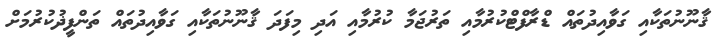
ޤާނޫނުތަކާއި ގަވާއިދުތައް ޑްރާފްޓްކުރުމާއި ތަރުޖަމާ ކުރުމާއި އަދި މިފަދަ ޤާނޫނުތަކާއި ގަވާއިދުތައް ތަންފީޛުކުރުމަށް